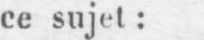
ce sujet: